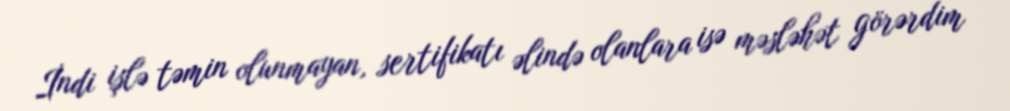
İndi işlə təmin olunmayan, sertifikatı əlində olanlara isə məsləhət görərdim